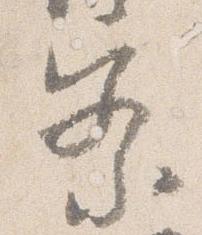
察